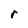
Character: r